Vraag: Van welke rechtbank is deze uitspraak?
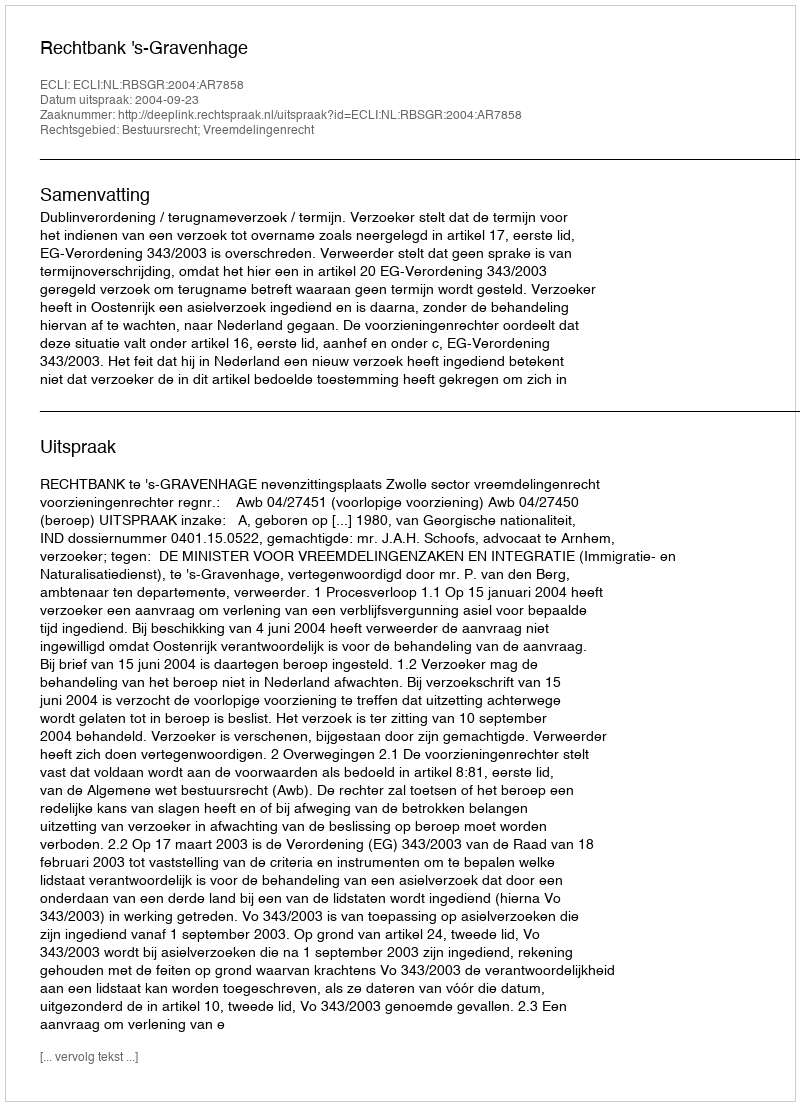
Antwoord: Rechtbank 's-Gravenhage